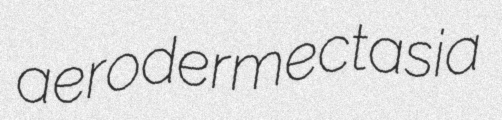
aerodermectasia